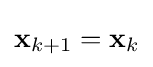
\mathbf {x} _{k+1}=\mathbf {x} _{k}